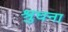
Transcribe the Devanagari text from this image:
श्रुघना